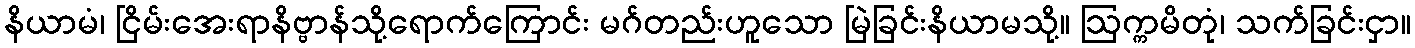
နိယာမံ၊ ငြိမ်းအေးရာနိဗ္ဗာန်သို့ရောက်ကြောင်း မဂ်တည်းဟူသော မြဲခြင်းနိယာမသို့။ ဩက္ကမိတုံ၊ သက်ခြင်းငှာ။